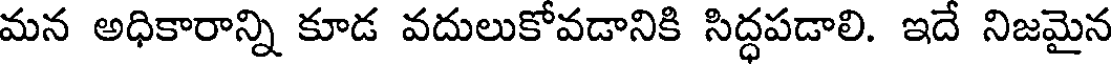
మన అధికారాన్ని కూడ వదులుకోవడానికి సిద్ధపడాలి. ఇదే నిజమైన